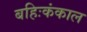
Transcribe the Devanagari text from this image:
बहिःकंकाल